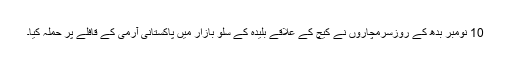
10 نومبر بدھ کے روزسرمچاروں نے کیچ کے علاقے بلیدہ کے سلو بازار میں پاکستانی آرمی کے قافلے پر حملہ کیا۔